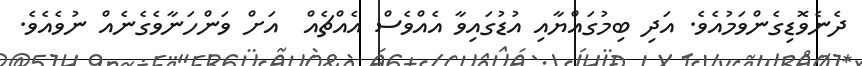
ދެނެވޮޑިގެންވަމުއެވެ. އަދި ބިމުގައްޔާއި އުޑުގައިވާ އެއްވެސް އެއްޗެއް  އަށް ވަންހަނާވެގެނެއް ނުވެއެވެ.